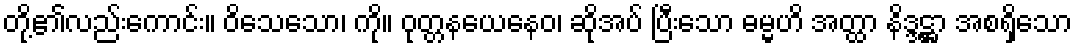
တို့၏လည်းကောင်း။ ဝိသေသော၊ ကို။ ဝုတ္တနယေနေဝ၊ ဆိုအပ် ပြီးသော ဓမ္မဟိ အတ္ထာ နိဒ္ဒဋ္ဌာ အစရှိသော